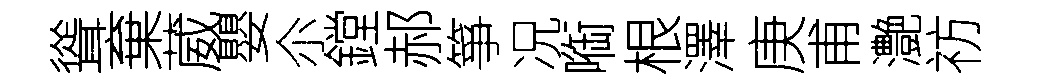
聳棄葳嬰尒鏜郝箏况㗸根澤庚甫灔祊